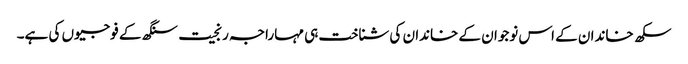
سکھ خاندان کے اس نوجوان کے خاندان کی شناخت ہی مہاراجہ رنجیت سنگھ کے فوجیوں کی ہے۔